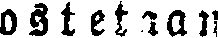
ostetaan